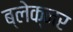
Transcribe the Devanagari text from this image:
ब्लेक्नर